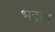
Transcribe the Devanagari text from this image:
भद्दता